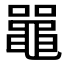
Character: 𫜝